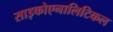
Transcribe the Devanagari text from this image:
साइकोएनालिटिकल